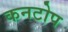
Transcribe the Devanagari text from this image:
कनटोप